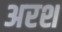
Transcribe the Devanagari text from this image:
अरश